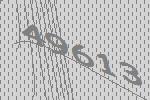
49613